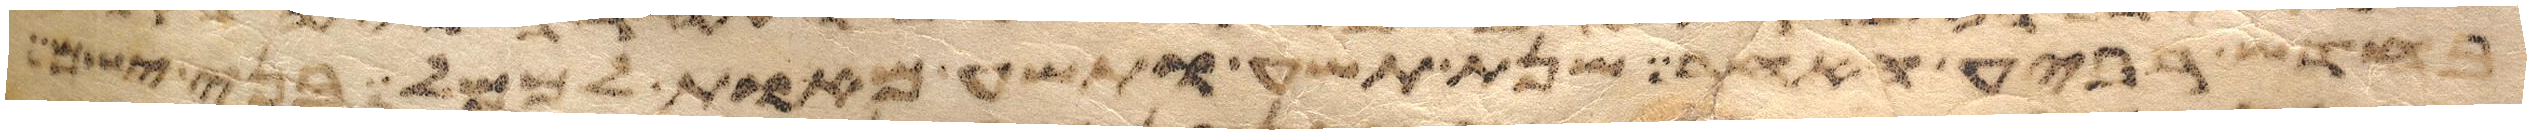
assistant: בחדש השביעי תחגו אתו בסכות תשבו שבעת ימים כל האזרח בישראל ישב